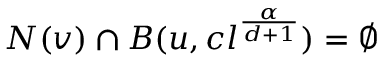
N ( v ) \cap B ( u , c l ^ { \frac { \alpha } { d + 1 } } ) = \emptyset